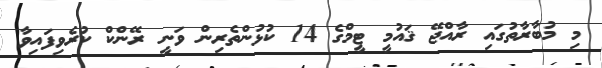
މި މުބާރާތުގައި ރާއްޖޭ ޤައުމީ ޓީމްގެ 14 ކުޅުންތެރިން ވަނީ ރޭންކް ކުރެވިފައިވާ